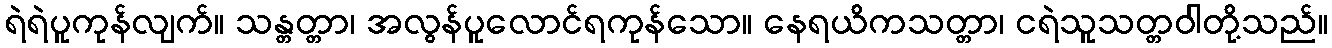
ရဲရဲပူကုန်လျက်။ သန္တတ္တာ၊ အလွန်ပူလောင်ရကုန်သော။ နေရယိကသတ္တာ၊ ငရဲသူသတ္တဝါတို့သည်။